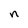
Character: n